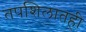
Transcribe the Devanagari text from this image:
तपशिलातही